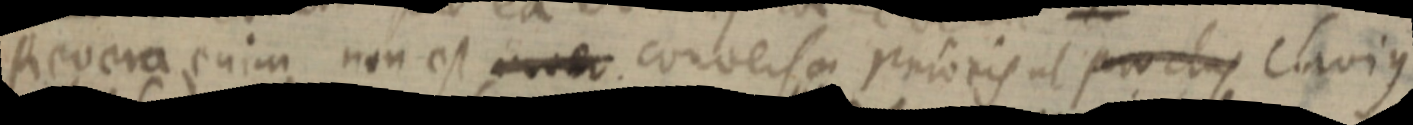
Revera enim non est _ conversa prioris ut proclus Clavius